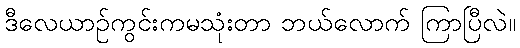
ဒီလေယာဉ်ကွင်းကမသုံးတာ ဘယ်လောက် ကြာပြီလဲ။